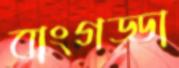
বাংগড্ডা